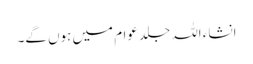
انشاء اللہ جلد عوام میں ہوں گے۔